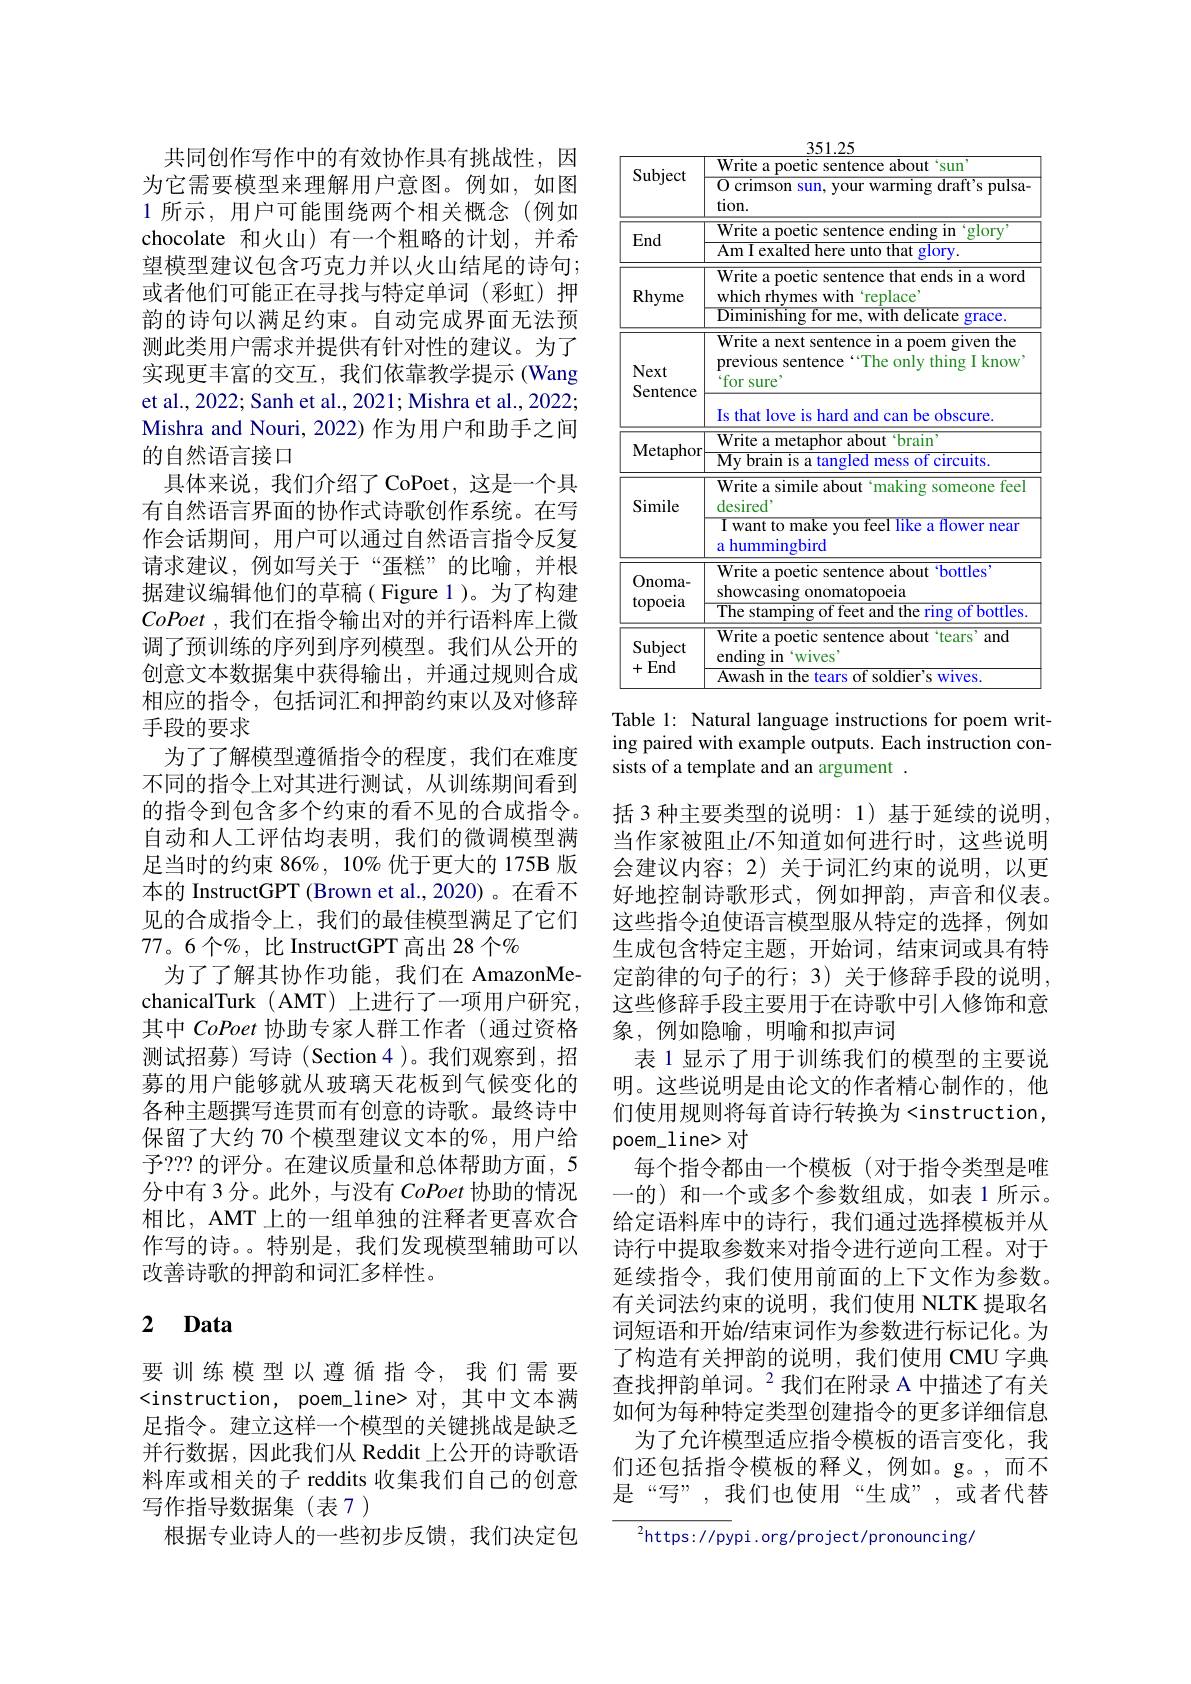
共同创作写作中的有效协作具有挑战性，因为它需要模型来理解用户意图。例如，如图1 所示，用户可能围绕两个相关概念(例如chocolate 和火山)有一个粗略的计划，并希望模型建议包含巧克力并以火山结尾的诗句； 或者他们可能正在寻找与特定单词(彩虹)押韵的诗句以满足约束。自动完成界面无法预测此类用户需求并提供有针对性的建议。为了实现更丰富的交互，我们依靠教学提示 (Wang et al., 2022; Sanh et al., 2021; Mishra et al., 2022; Mishra and Nouri, 2022) 作为用户和助手之间的自然语言接口
具体来说，我们介绍了CoPoet，这是一个具有自然语言界面的协作式诗歌创作系统。在写作会话期间，用户可以通过自然语言指令反复请求建议，例如写关于“蛋糕”的比喻，并根据建议编辑他们的草稿( Figure 1)。为了构建CoPoet ,我们在指令输出对的并行语料库上微调了预训练的序列到序列模型。我们从公开的创意文本数据集中获得输出，并通过规则合成相应的指令，包括词汇和押韵约束以及对修辞手段的要求
为了了解模型遵循指令的程度，我们在难度不同的指令上对其进行测试，从训练期间看到的指令到包含多个约束的看不见的合成指令。自动和人工评估均表明，我们的微调模型满足当时的约束 86%, 10% 优于更大的 175B 版本的 InstructGPT (Brown et al.,2020)。在看不见的合成指令上，我们的最佳模型满足了它们77。6 个%, 比 InstructGPT 高出 28 个%
为了了解其协作功能，我们在 AmazonMechanicalTurk ( AMT) 上进行了一项用户研究， 其中 CoPoet 协助专家人群工作者 (通过资格测试招募)写诗(Section4)。我们观察到，招募的用户能够就从玻璃天花板到气候变化的各种主题撰写连贯而有创意的诗歌。最终诗中保留了大约 70 个模型建议文本的%,用户给予？?? 的评分。在建议质量和总体帮助方面，5分中有 3 分。此外，与没有 CoPoet 协助的情况相比，AMT 上的一组单独的注释者更喜欢合作写的诗。。特别是，我们发现模型辅助可以改善诗歌的押韵和词汇多样性。

# 2 Data

要训练模型以遵循指令，我们需要<instruction, poem\_line> 对，其中文本满足指令。建立这样一个模型的关键挑战是缺乏并行数据，因此我们从 Reddit 上公开的诗歌语料库或相关的子 reddits 收集我们自己的创意写作指导数据集(表7)
根据专业诗人的一些初步反馈，我们决定包

<table>
	<tbody>
		<tr>
			<th rowspan="3">Subject</th>
			<th>Write a poetic sentence about `sun ${\mathrm{O~crimson~sun,~your~warming~draft's~pulsa-}}$ tion.</th>
		</tr>
		<tr>
			<th>houf SIIn</th>
		</tr>
		<tr>
			<th>${\mathrm{O~crimson~sun,~your~warming~draft's~pulsa}}$ tion.</th>
		</tr>
		<tr>
			<td>End</td>
			<td>Write a poetic sentence ending in ‘glory $\overline{{\mathrm{Am~I~exalted~here~unto~that}}}$ $\therefore S$ $glory.$</td>
		</tr>
		<tr>
			<td> </td>
			<td>Write a poetic sentence ending in $“glory$</td>
		</tr>
		<tr>
			<td rowspan="2">Rhyme</td>
			<td>Write a poetic sentence that ends in a word which rhymes with `replace'</td>
		</tr>
		<tr>
			<td>Diminishing for me, with delicate grace.</td>
		</tr>
		<tr>
			<td>Next NP</td>
			<td>Write a next sentence in a poem given the previous sentence“The only thing I know $`$for sure'</td>
		</tr>
		<tr>
			<td rowspan="1">Next Sentence</td>
			<td>Is that love is hard and can be obscure</td>
		</tr>
		<tr>
			<td rowspan="1">Metaphor</td>
			<td>Write a metaphor about 'brain My brain is a tangled mess of circuits.</td>
		</tr>
		<tr>
			<td rowspan="2">Simile</td>
			<td>Write a simile about‘making someone feel desired'</td>
		</tr>
		<tr>
			<td>I want to make you feel like a flower near a hummingbird</td>
		</tr>
		<tr>
			<td rowspan="2">Onoma- topoeia</td>
			<td>Write a poetic sentence about 'bottles' showcasing onomatopoeia</td>
		</tr>
		<tr>
			<td>The stamping of feet and the ring of bottles.</td>
		</tr>
		<tr>
			<td rowspan="2">Subject End +</td>
			<td>Write a poetic sentence about `tears' and ending in‘wives’ Jurachin the</td>
		</tr>
		<tr>
			<td>Awash soldier's $\lim$the PATS $0\dagger$ wwes</td>
		</tr>
	</tbody>
</table>

Table 1: Natural language instructions for poem writing paired with example outputs. Each instruction consists of a template and an argument .

括 3 种主要类型的说明：1) 基于延续的说明， 当作家被阻止/不知道如何进行时，这些说明会建议内容；2) 关于词汇约束的说明，以更好地控制诗歌形式，例如押韵，声音和仪表。这些指令迫使语言模型服从特定的选择，例如生成包含特定主题，开始词，结束词或具有特定韵律的句子的行；3) 关于修辞手段的说明， 这些修辞手段主要用于在诗歌中引人修饰和意象，例如隐喻，明喻和拟声词
表 1 显示了用于训练我们的模型的主要说明。这些说明是由论文的作者精心制作的，他们使用规则将每首诗行转换为<instruction, poem\_line>对
每个指令都由一个模板(对于指令类型是唯一的)和一个或多个参数组成，如表 1 所示。给定语料库中的诗行，我们通过选择模板并从诗行中提取参数来对指令进行逆向工程。对于延续指令，我们使用前面的上下文作为参数。有关词法约束的说明，我们使用 NLTK 提取名词短语和开始/结束词作为参数进行标记化。为了构造有关押韵的说明，我们使用 CMU 字典查找押韵单词。$^2$我们在附录 A 中描述了有关如何为每种特定类型创建指令的更多详细信息
为了允许模型适应指令模板的语言变化，我们还包括指令模板的释义，例如。g。,而不是“写”,我们也使用“生成”,或者代替

${{^{2}\mathrm{https://py}}}$pi.org/project/pronouncing/